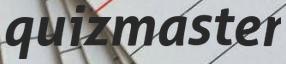
quizmaster